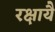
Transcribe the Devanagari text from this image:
रक्षायै